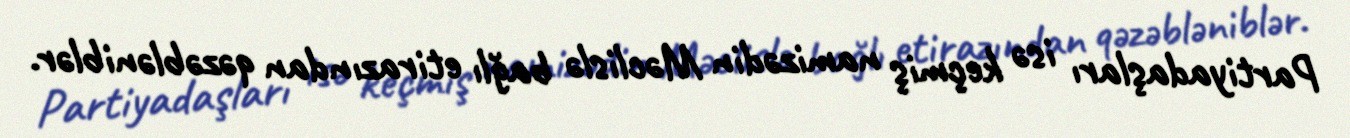
Partiyadaşları isə keçmiş namizədin Məclislə bağlı etirazından qəzəbləniblər.